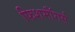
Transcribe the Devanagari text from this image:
फिशमॉंगर्स